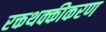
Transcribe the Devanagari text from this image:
रक्तथक्कीकरण